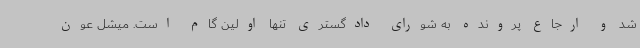
شد و ارجاع پرونده به شورای دادگستری تنها اولین گام است. میشل عون